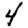
Digit: 4